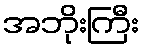
အဘိုးကြီး